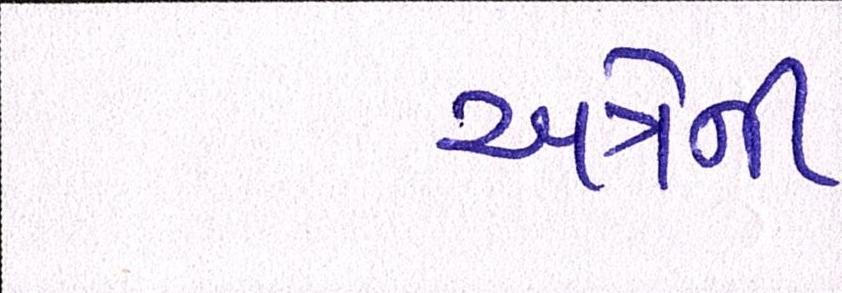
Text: અત્રેની